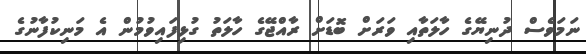
ނަމަވެސް ދުނިޔޭގެ ހާލަތާއި ވަރަށް ބޮޑަށް ރާއްޖޭގެ ހާލަތު ގުޅިފައިވުމުން އެ މަނިކުފާނުގެ